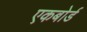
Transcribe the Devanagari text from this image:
एकबोर्ड